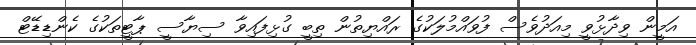
އަމީން ވިދާޅުވީ މިއަދުވެސް ފުވައްމުލަކުގެ ރައްޔިތުން ތިބީ ގުޅިފައިވާ ސިޔާސީ ޕާޓީތަކުގެ ކެންޑިޑޭޓް